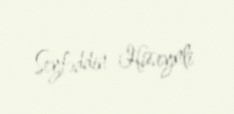
Seyfəddin Hüseynli